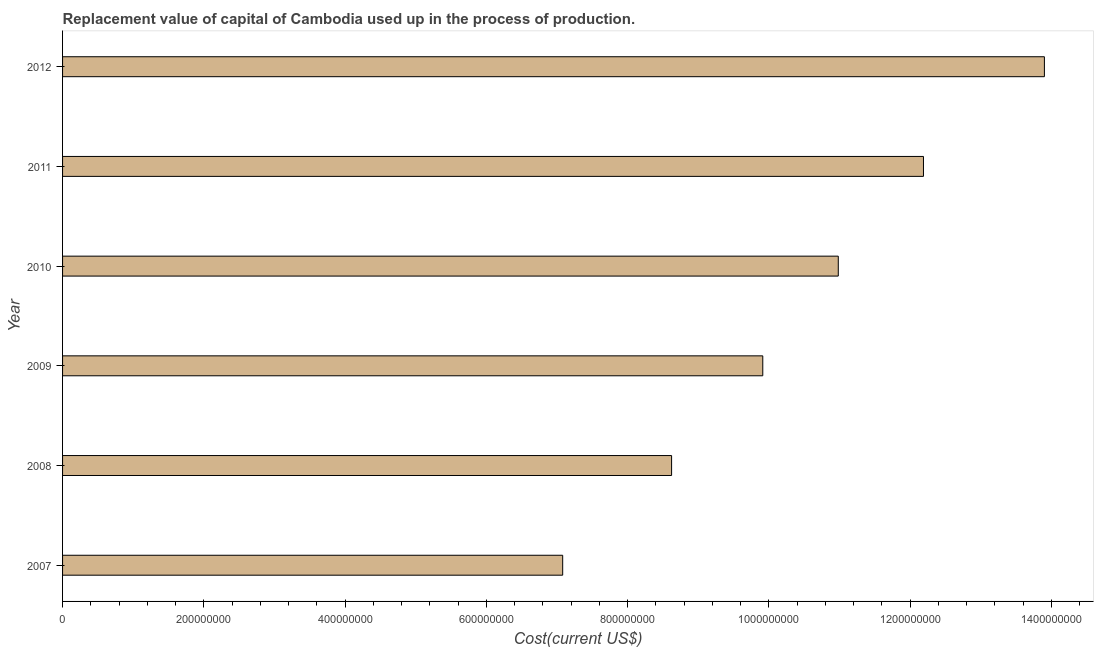
| Year | Consumption of fixed capital |
 | --- | --- |
 | 2007 | 7.08e+08 |
 | 2008 | 8.62e+08 |
 | 2009 | 9.91e+08 |
 | 2010 | 1.1e+09 |
 | 2011 | 1.22e+09 |
 | 2012 | 1.39e+09 |